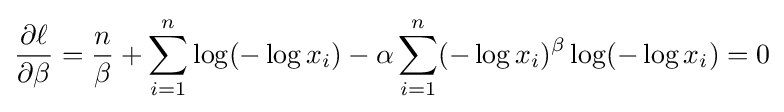
{\frac {\partial \ell }{\partial \beta }}={\frac {n}{\beta }}+\sum _{i=1}^{n}\log(-\log x_{i})-\alpha \sum _{i=1}^{n}(-\log x_{i})^{\beta }\log(-\log x_{i})=0